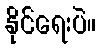
နိုင်ရေးပဲ။